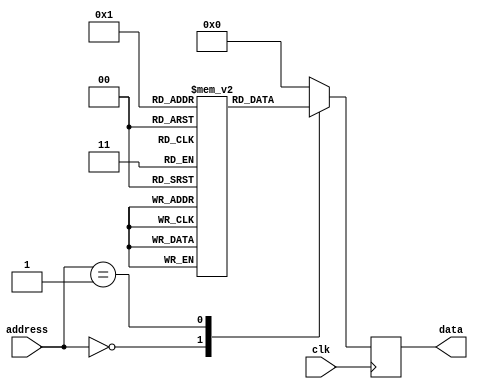
module fuse_rom (
    input [7:0] address,
    input clk,
    output reg [7:0] data
);

reg [7:0] memory [0:255];

initial begin
    // Initialize memory data with desired values
    memory[0] = 8'b00000001;
    memory[1] = 8'b00000010;
    // More memory initialization can be done here
end

always @(posedge clk) begin
    // Address decoder
    case(address)
        8'b00000000: data <= memory[0];
        8'b00000001: data <= memory[1];
        // Add more cases for additional memory locations
        default: data <= 8'b00000000; // Default value if address is not in range
    endcase
end

endmodule